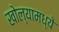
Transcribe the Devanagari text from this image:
खोल्यामध्ये